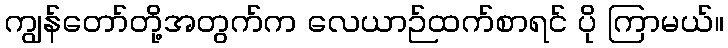
ကျွန်တော်တို့အတွက်က လေယာဉ်ထက်စာရင် ပို ကြာမယ်။